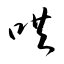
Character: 哄